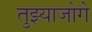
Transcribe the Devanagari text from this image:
तुझ्याजोगे